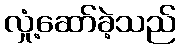
လှုံ့ဆော်ခဲ့သည်